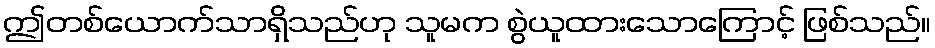
ဤတစ်ယောက်သာရှိသည်ဟု သူမက စွဲယူထားသောကြောင့် ဖြစ်သည်။